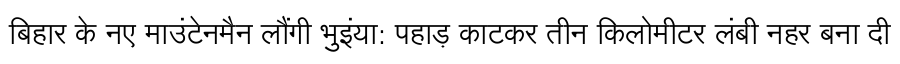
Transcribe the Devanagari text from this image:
बिहार के नए माउंटेनमैन लौंगी भुइंया: पहाड़ काटकर तीन किलोमीटर लंबी नहर बना दी